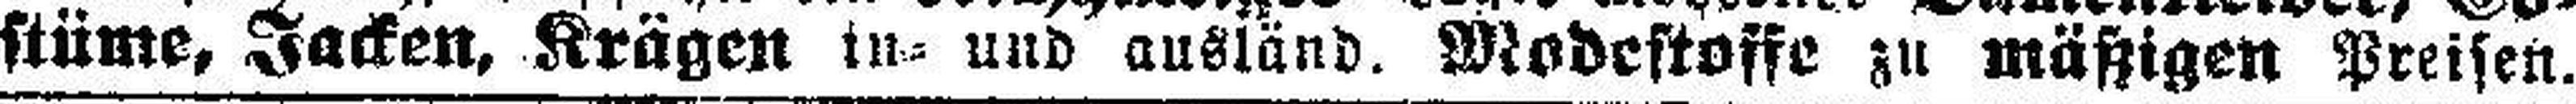
stüme, Jacken, Krägen in= und ausländ. Modestoffe zu mäßigen Preisen.